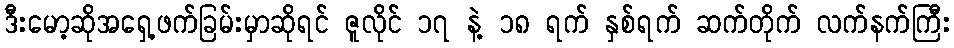
ဒီးမော့ဆိုအရှေ့ဖက်ခြမ်းမှာဆိုရင် ဇူလိုင် ၁၇ နဲ့ ၁၈ ရက် နှစ်ရက် ဆက်တိုက် လက်နက်ကြီး